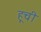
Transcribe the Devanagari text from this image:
हूची